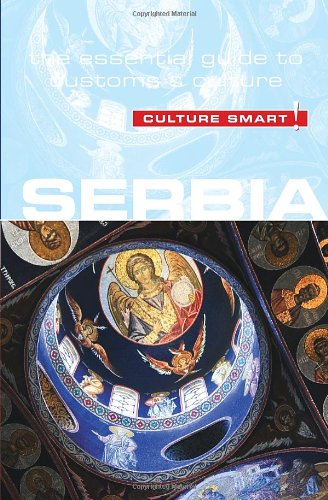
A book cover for Serbia - Culture Smart!: The Essential Guide to Customs & Culture; Lara Zmukic; Travel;